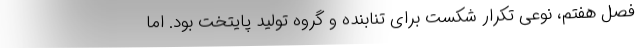
فصل هفتم، نوعی تکرار شکست برای تنابنده و گروه تولید پایتخت بود. اما